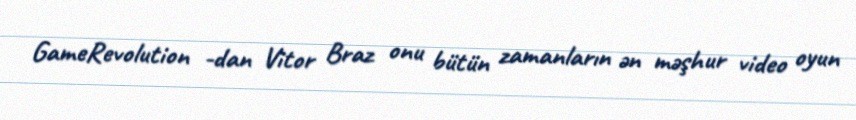
GameRevolution -dan Vitor Braz onu bütün zamanların ən məşhur video oyun